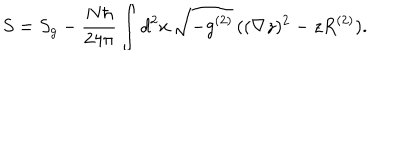
S = S _ { g } - \frac { N \hbar } { 2 4 \pi } \int d ^ { 2 } x \, \sqrt { - g ^ { ( 2 ) } } \, ( ( \nabla z ) ^ { 2 } - z R ^ { ( 2 ) } ) .